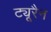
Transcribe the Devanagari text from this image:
ट्यूरैन